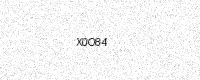
Text: X0O84